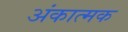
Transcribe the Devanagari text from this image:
अंकात्मक